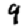
Digit: 4